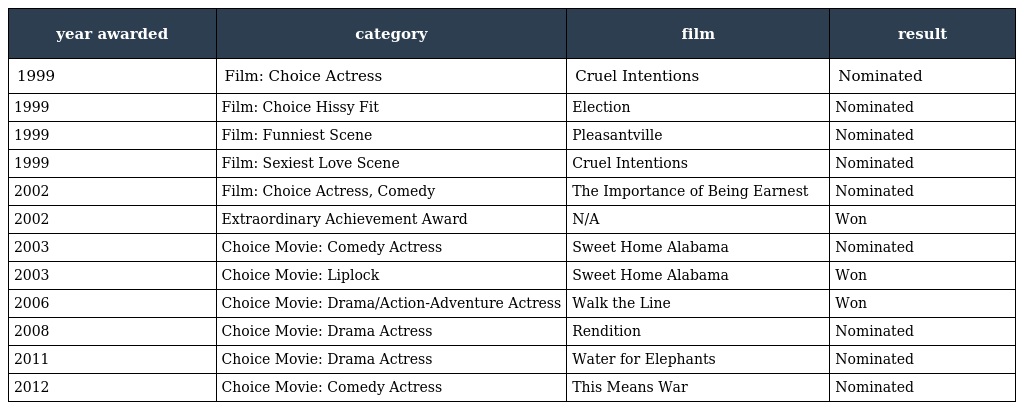
| year awarded | category | film | result |
 | --- | --- | --- | --- |
 | 1999 | Film: Choice Actress | Cruel Intentions | Nominated |
 | 1999 | Film: Choice Hissy Fit | Election | Nominated |
 | 1999 | Film: Funniest Scene | Pleasantville | Nominated |
 | 1999 | Film: Sexiest Love Scene | Cruel Intentions | Nominated |
 | 2002 | Film: Choice Actress, Comedy | The Importance of Being Earnest | Nominated |
 | 2002 | Extraordinary Achievement Award | N/A | Won |
 | 2003 | Choice Movie: Comedy Actress | Sweet Home Alabama | Nominated |
 | 2003 | Choice Movie: Liplock | Sweet Home Alabama | Won |
 | 2006 | Choice Movie: Drama/Action-Adventure Actress | Walk the Line | Won |
 | 2008 | Choice Movie: Drama Actress | Rendition | Nominated |
 | 2011 | Choice Movie: Drama Actress | Water for Elephants | Nominated |
 | 2012 | Choice Movie: Comedy Actress | This Means War | Nominated |